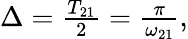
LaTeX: \begin{array}{r}{\Delta=\frac{T_{21}}{2}=\frac{\pi}{\omega_{21}},}\end{array}